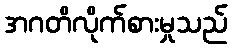
အဂတိလိုက်စားမှုသည်